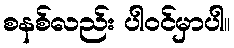
စနစ်လည်း ပါဝင်မှာပါ။